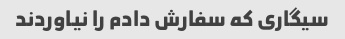
سیگاری که سفارش دادم را نیاوردند